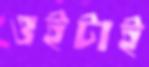
ওইটাই